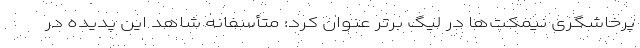
پرخاشگری نیمکت‌ها در لیگ برتر عنوان کرد: متأسفانه شاهد این پدیده در